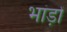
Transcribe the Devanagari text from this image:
भांड़ों